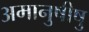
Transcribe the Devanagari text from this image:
अमानुषीषु